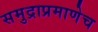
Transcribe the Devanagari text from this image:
समुद्राप्रमाणेच